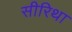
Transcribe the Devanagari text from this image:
सीरिथा